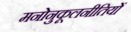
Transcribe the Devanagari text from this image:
मनोनुकूलनीतियों